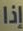
إذا